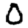
Digit: 0